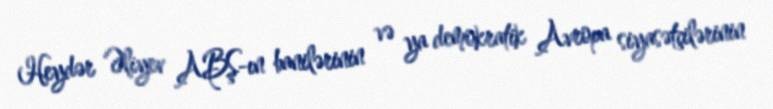
Heydər Əliyev ABŞ-ın banilərinin və ya demokratik Avropa siyasətçilərinin